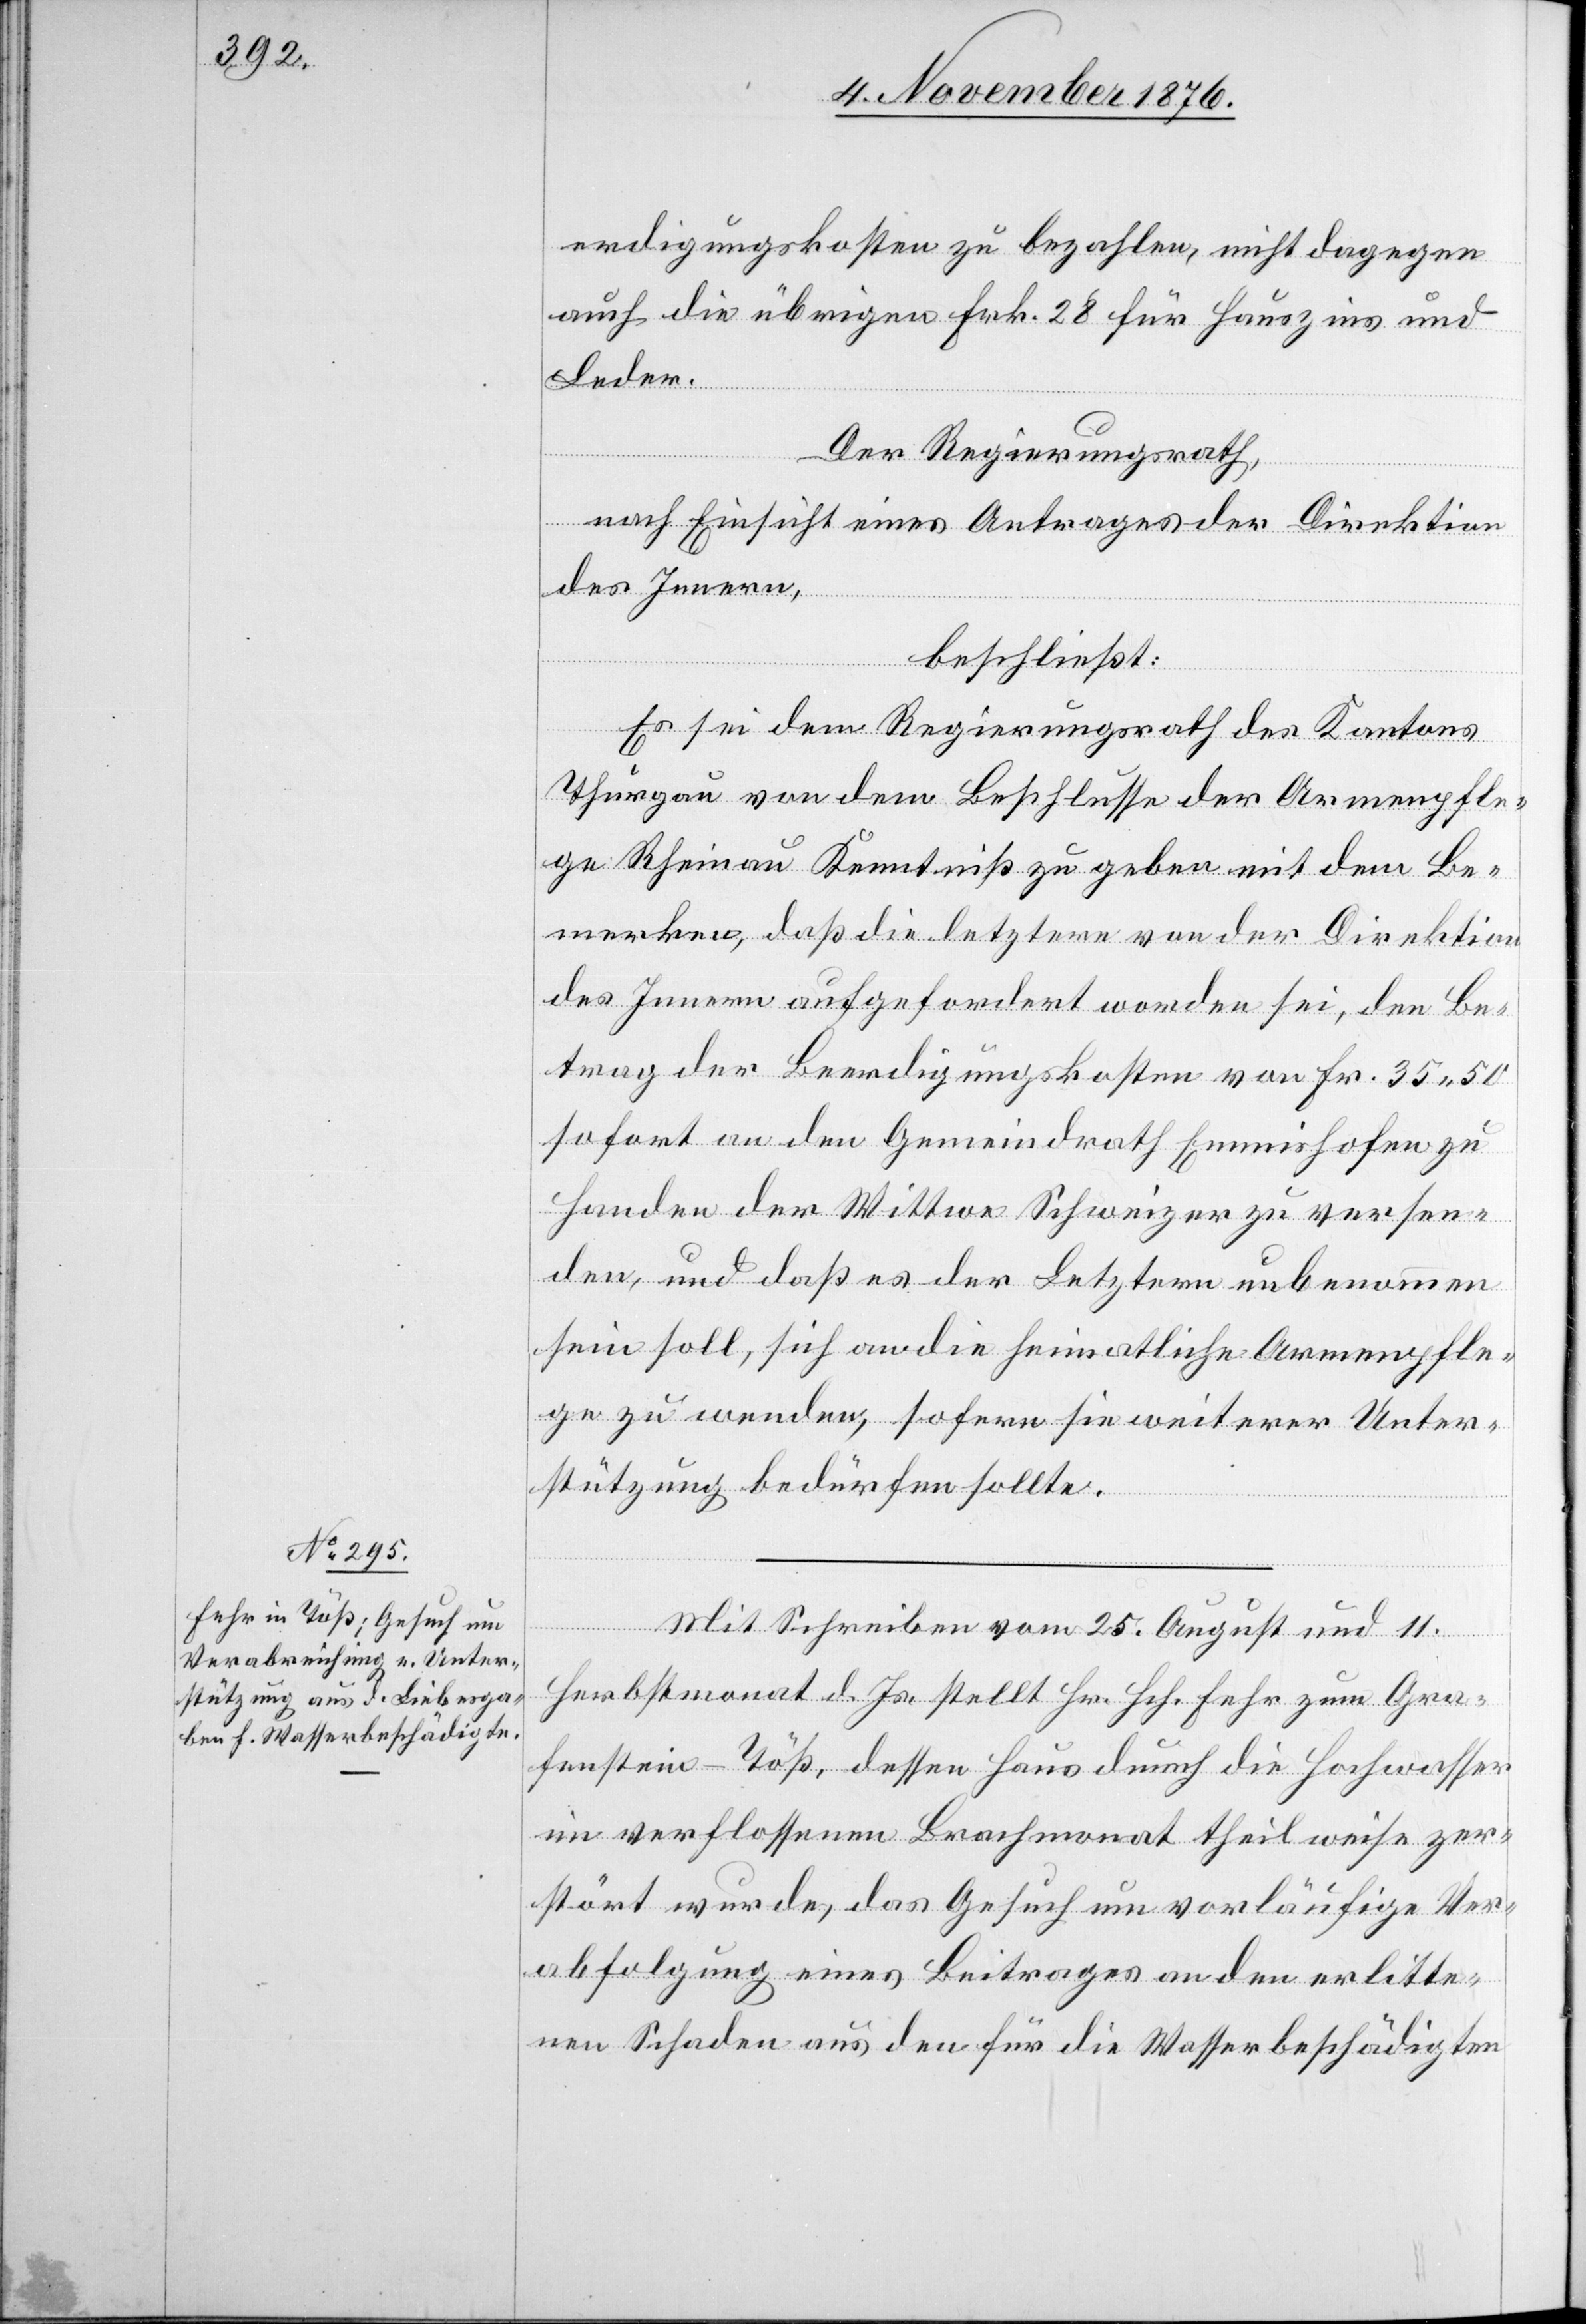
erdigungskosten zu bezahlen, nicht dagegen
auch die übrigen Frk. 28 für Hauszins und
Leder.
Der Regierungsrath,
nach Einsicht eines Antrages der Direktion
des Innern,
beschließt:
Es sei dem Regierungsrath des Kantons
Thurgau von dem Beschlusse der Armenpfle¬
ge Rheinau Kenntniß zu geben mit dem Be¬
merken, daß die letztere von der Direktion
des Innern aufgefordert worden sei, den Be¬
trag der Beerdigungskosten von Fr. 35 50
sofort an den Gemeindrath Emmishofen zu
Handen der Wittwe Schweizer zu versen¬
den, und daß es der Letztern unbenommen
sein soll, sich an die heimatliche Armenpfle¬
ge zu wenden, sofern sie weiterer Unter¬
stützung bedürfen sollte.
Mit Schreiben vom 25. August und 11.
Herbstmonat d. Js. stellt Hr. Hch. Fehr zum Gra¬
fenstein - Töß, dessen Haus durch die Hochwasser
im verflossenen Brachmonat theilweise zer¬
stört wurde, das Gesuch um vorläufige Ver¬
abfolgung eines Beitrages an den erlitte¬
nen Schaden aus den für die Wasserbeschädigten